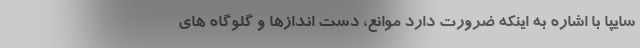
سايپا با اشاره به اينكه ضرورت دارد موانع، دست اندازها و گلوگاه هاي